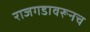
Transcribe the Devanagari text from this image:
राजगडावरूनच